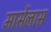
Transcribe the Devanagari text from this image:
मार्सेलास